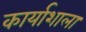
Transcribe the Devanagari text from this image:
कार्याशाला